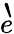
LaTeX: \grave{e}